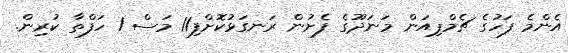
އެންމެ ފަހުގެ ޗެމްޕިއަން މަނަދޫގެ ފެށުން ރަނގަޅުކޮށްފި11 މަސް 1 ހަފްތާ ކުރިން.